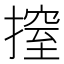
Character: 𢲼